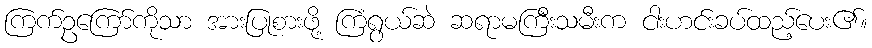
ကြက်ဥကြော်ကိုသာ အားပြုစားဖို့ ကြံရွယ်ဆဲ ဆရာမကြီးသမီးက ငါးဟင်းခပ်ထည့်ပေး၏။